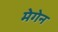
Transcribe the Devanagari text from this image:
मेगेन